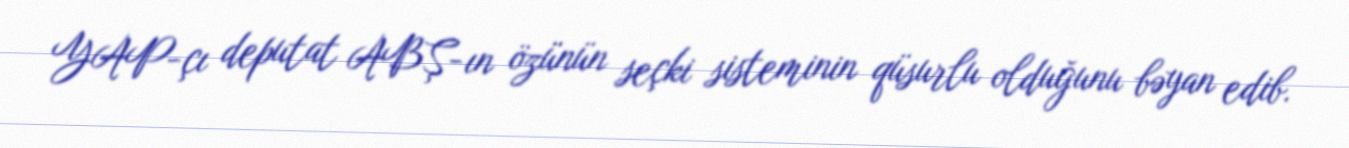
YAP-çı deputat ABŞ-ın özünün seçki sisteminin qüsurlu olduğunu bəyan edib.